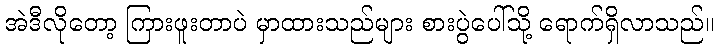
အဲဒီလိုတော့ ကြားဖူးတာပဲ မှာထားသည်များ စားပွဲပေါ်သို့ ရောက်ရှိလာသည်။